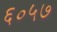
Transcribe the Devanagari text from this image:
६०५७